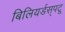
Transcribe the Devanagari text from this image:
बिलियर्डस्‌पटू